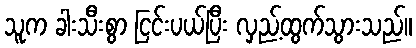
သူက ခါးသီးစွာ ငြင်းပယ်ပြီး လှည့်ထွက်သွားသည်။